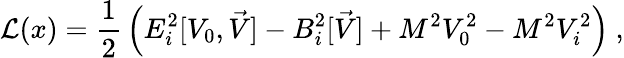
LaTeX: {\cal L}(x)={\frac{1}{2}}\left(E_{i}^{2}[V_{0},\vec{V}]-B_{i}^{2}[\vec{V}]+M^{2}V_{0}^{2}-M^{2}V_{i}^{2}\right)~,